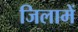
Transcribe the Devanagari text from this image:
जिलामें